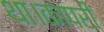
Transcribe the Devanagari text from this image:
था।कापरी